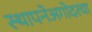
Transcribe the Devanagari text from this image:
स्थापनेअगोदरचा